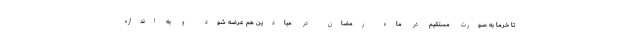
تا خرما به صورت مستقیم در ماه رمضان در میادین هم عرضه شود و به اندازه